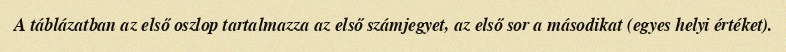
A táblázatban az első oszlop tartalmazza az első számjegyet, az első sor a másodikat (egyes helyi értéket).